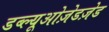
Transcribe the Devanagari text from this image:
डब्ल्यूओज़ेडज़ेड